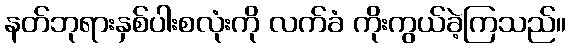
နတ်ဘုရားနှစ်ပါးစလုံးကို လက်ခံ ကိုးကွယ်ခဲ့ကြသည်။